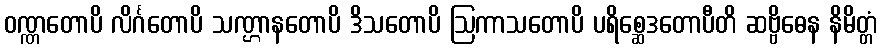
ဝဏ္ဏတောပိ လိင်္ဂတောပိ သဏ္ဌာနတောပိ ဒိသတောပိ ဩကာသတောပိ ပရိစ္ဆေဒတောပီတိ ဆဗ္ဗိဓေန နိမိတ္တံ